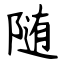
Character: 随